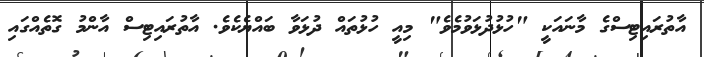
އާތުރައިޓިސްގެ މާނައަކީ "ހުޅުދުޅަވުމެވެ" މިއީ ހުޅުތައް ދުޅަވާ ބައްޔެކެވެ. އާތުރައިޓިސް އާންމު ގޮތެއްގައި